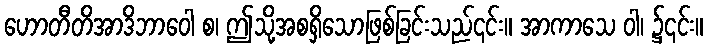
ဟောတီတိအာဒိဘာဝေါ စ၊ ဤသို့အစရှိသောဖြစ်ခြင်းသည်၎င်း။ အာကာသေ ဝါ၊ ၌၎င်း။